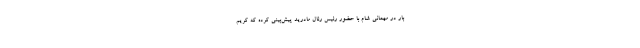
بار در مهمانی شام با حضور رئیس رئال‌ مادرید پیش‌بینی کرده که کریم